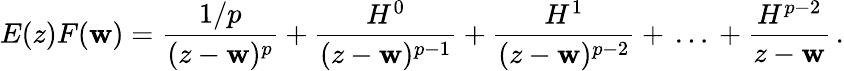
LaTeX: E(z)F(\mathbf{w})=\frac{{1/p}}{{(z-\mathbf{w})^{p}}}+\frac{{H^{0}}}{{(z-\mathbf{w})^{p-1}}}+\frac{{H^{1}}}{{(z-\mathbf{w})^{p-2}}}+\, \dots\, +\frac{{H^{p-2}}}{{z-\mathbf{w}}}\, .